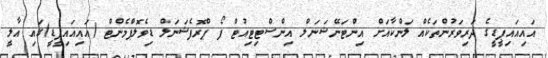
އައިއައިޕީޑީގެ ދަރިވަރުންތަކެއް ލަންކާއަށް އިންޓަނޭޝަނަލް އިންސްޓިޓިއުޓް ފޯ ޕްރޮފެޝަނަލް ޑިވެލޮޕްމެންޓް (އައިއައިޕީޑީ)ގައި އާލީ